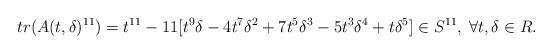
LaTeX: \begin{align*}tr(A(t,\delta)^{11})=t^{11}-11[t^{9}\delta-4t^{7}\delta^2+7t^{5}\delta^3-5t^3\delta^4+t\delta^5] \in S^{11}, \;\forall t,\delta\in R.\end{align*}